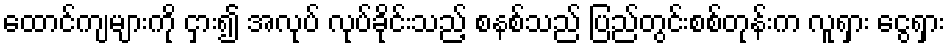
ထောင်ကျများကို ငှား၍ အလုပ် လုပ်ခိုင်းသည့် စနစ်သည် ပြည်တွင်းစစ်တုန်းက လူရှား ငွေရှား